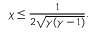
\chi \leq \frac { 1 } { 2 \sqrt { \gamma ( \gamma - 1 ) } } .